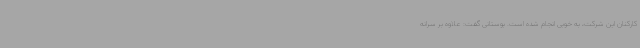
کارکنان این شرکت، به خوبی انجام شده است. بوستانی گفت: علاوه بر سرانه